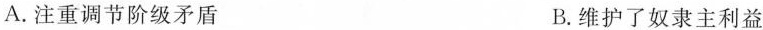
A. 注重调节阶级矛盾 B. 维护了奴隶主利益